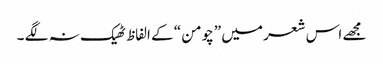
مجھے اس شعر میں ”چومن “ کے الفاظ ٹھیک نہ لگے ۔